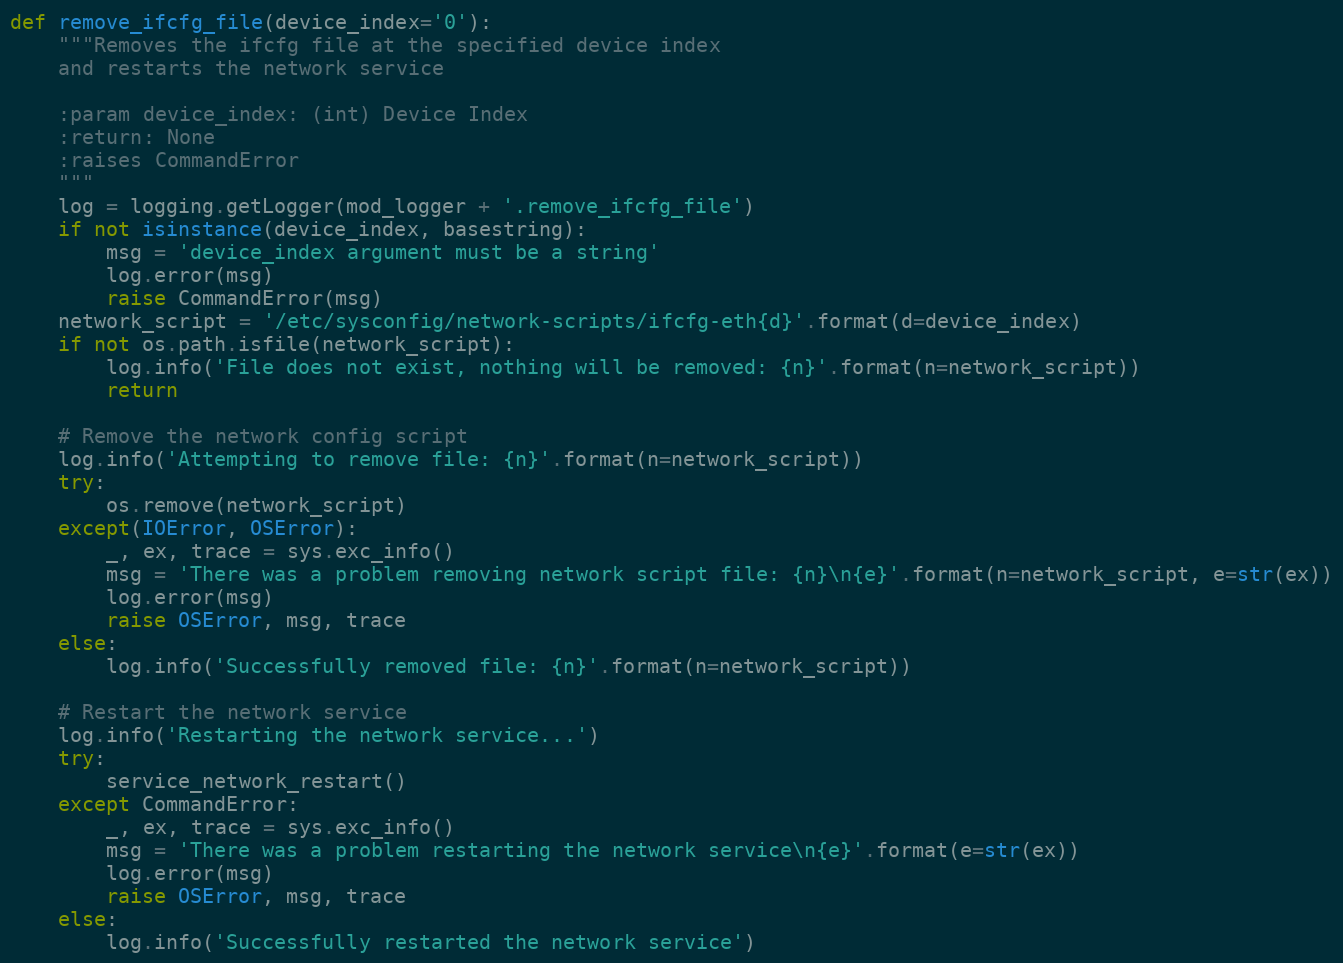
Language: Python
def remove_ifcfg_file(device_index='0'):
    """Removes the ifcfg file at the specified device index
    and restarts the network service

    :param device_index: (int) Device Index
    :return: None
    :raises CommandError
    """
    log = logging.getLogger(mod_logger + '.remove_ifcfg_file')
    if not isinstance(device_index, basestring):
        msg = 'device_index argument must be a string'
        log.error(msg)
        raise CommandError(msg)
    network_script = '/etc/sysconfig/network-scripts/ifcfg-eth{d}'.format(d=device_index)
    if not os.path.isfile(network_script):
        log.info('File does not exist, nothing will be removed: {n}'.format(n=network_script))
        return

    # Remove the network config script
    log.info('Attempting to remove file: {n}'.format(n=network_script))
    try:
        os.remove(network_script)
    except(IOError, OSError):
        _, ex, trace = sys.exc_info()
        msg = 'There was a problem removing network script file: {n}\n{e}'.format(n=network_script, e=str(ex))
        log.error(msg)
        raise OSError, msg, trace
    else:
        log.info('Successfully removed file: {n}'.format(n=network_script))

    # Restart the network service
    log.info('Restarting the network service...')
    try:
        service_network_restart()
    except CommandError:
        _, ex, trace = sys.exc_info()
        msg = 'There was a problem restarting the network service\n{e}'.format(e=str(ex))
        log.error(msg)
        raise OSError, msg, trace
    else:
        log.info('Successfully restarted the network service')